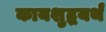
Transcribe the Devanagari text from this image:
कायशुद्धयर्थं